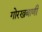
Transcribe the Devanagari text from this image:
गोरखबाणी